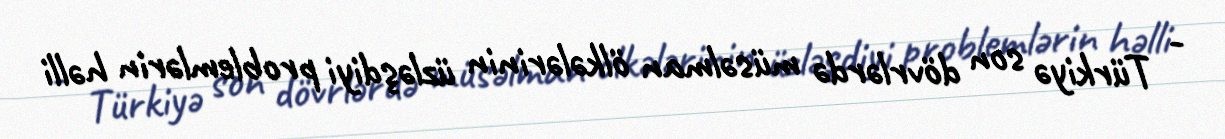
- Türkiyə son dövrlərdə müsəlman ölkələrinin üzləşdiyi problemlərin həlli